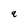
Character: 9